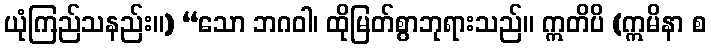
ယုံကြည်သနည်း။) “သော ဘဂဝါ၊ ထိုမြတ်စွာဘုရားသည်။ ဣတိပိ (ဣမိနာ စ